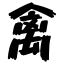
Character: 禽